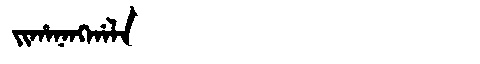
Manchu: ᠵᡳᡥᠠᠨᠠᠩᡤᠠᠯᠠ
Romanization: JIHANANGGALA